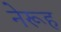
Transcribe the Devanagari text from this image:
नेरूह